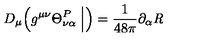
D _ { \mu } \Bigl ( g ^ { \mu \nu } \Theta _ { \nu \alpha } ^ { P } \Bigm | _ { \raisebox { - . 2 e x } { \scriptstyle \mathrm { t r a c e l e s s } } } \Bigr ) = \frac { 1 } { 4 8 \pi } \partial _ { \alpha } { \it R }